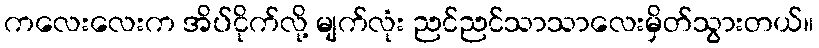
ကလေးလေးက အိပ်ငိုက်လို့ မျက်လုံး ညင်ညင်သာသာလေးမှိတ်သွားတယ်။